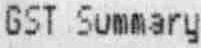
GST SUMMARY